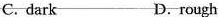
C. dark D.rough